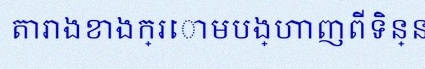
តារាងខាងក្រោមបង្ហាញពីទិន្នន័យ